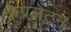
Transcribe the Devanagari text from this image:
कैपलटन